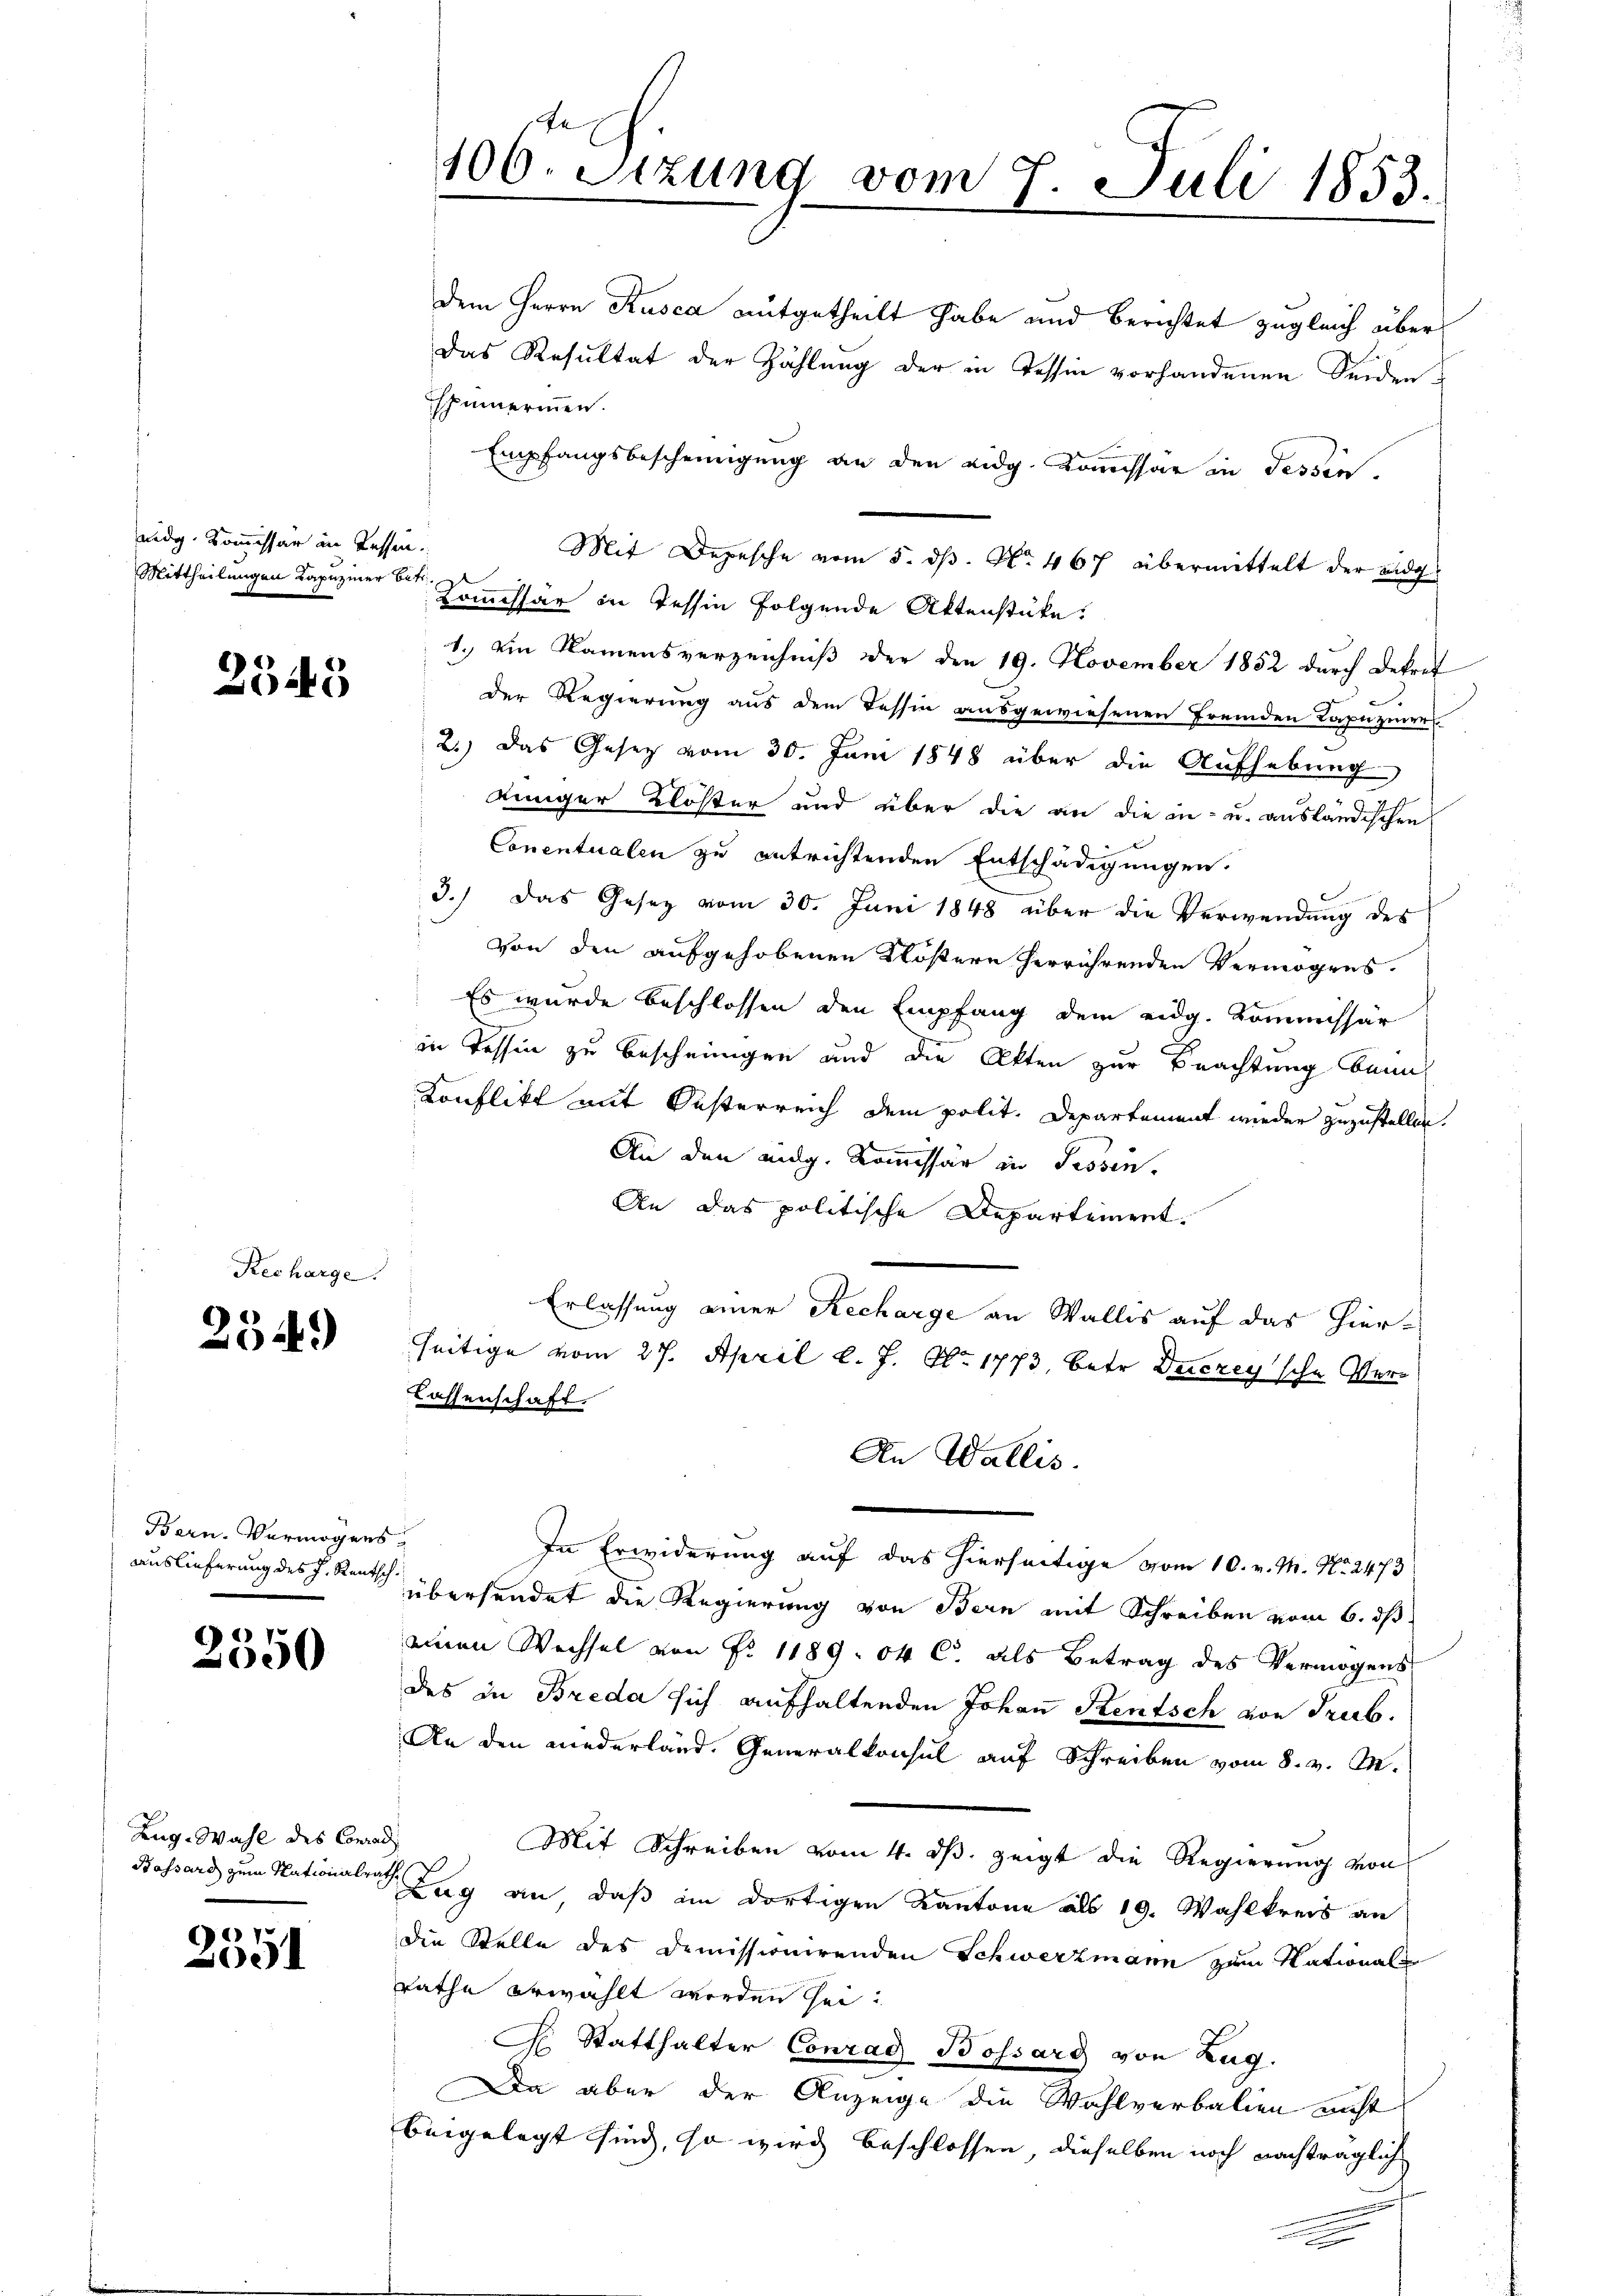
nidg. Kommissär in Tessen.
Mittheilungen Kapuziner betr.

2545

254.

Bern. Vermögens
Auslieferung des h. Rentsch

3350

Zug. Wahl des Conrad
Bassard zum Nationale

2351

Recharge

dem Herrn Rusca mitgetheilt habe und Berichtet zugleich über¬
Das Resultat der Zählung der in Tessin vorhandenen Seidenspinnerinnen.
Empfangsbescheinigung an den eidg. Kommissar in Tessin,
Mit Depesche vom 5. ds. No. 467 übermittelt der eidg.
Kommissär in Tessin folgende Aktenstüke
1.) Ein Namensverzeichniß der den 19. November 1852 durch Dekret
b
der Regierung aus dem Tessin ausgewiesenen fremden Kapuziner
2.) Das Gesetz vom 30. Juni 1848 über die Aufhebung
kinger Klöster und über die an die in- u. ausländischen
Conentualen zu entrichtenden Entschädigungen.
3.) Das Gesetz vom 30. Juni 1848 über die Verwendung des
von den aufgehobenen Klöstern herrührenden Vermögens.
Es wurde beschlossen den Empfang dem eidg. Kommissär
in Tessin zu bescheinigen und die Akten zur Beachtung beim
Konflikt mit Oesterreich dem polit. Departement wieder zuzustellen.
An den eidg. Kommissär in Fessen,
An das politische Departement.
Erlassung einer Recharge an Wallis auf das hierseitige vom 27. April l. J. No. 1773, betr. Duczey'sche Ver¬
Lassenschaft.
An Wallis.
In Erwiderung auf das hierseitige vom 10. v. M. No. 2473
übersendet die Regierung von Bern mit Schreiben vom 6. ds
einen Wechsel von Fr. 1189. 04 C. als Betrag des Vermögens
des in Breda sich aufhaltenden Johan Kentsch von Trub.
An den niederland. Generalkonsul auf Schreiben vom 8. v. M.
Mit Schreiben vom 4. dß. zeigt die Regierung von
i
Lag an daß im dortigen Kantone als 19. Wahlkreis an
die Stelle des Demissionirenden Schwerzmann zum Nationale
rathe erwählt worden sei.
F. Statthalter Conrad Bossard von Zug.
Da aber der Anzeige die Wahlverbalien nicht
beigelegt sind, so wird beschlossen, dieselben noch nachträglich
e

106. Sitzung vom 7. Juli 1853.